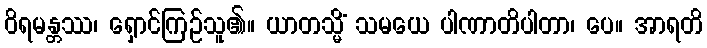
ဝိရမန္တဿ၊ ရှောင်ကြဉ်သူ၏။ ယာတသ္မိံ သမယေ ပါဏာတိပါတာ၊ ပေ။ အာရတိ